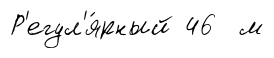
Р'егул'я́рный 46 м